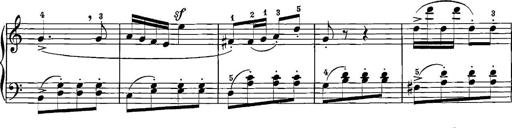
Title: 12 Sonatinas
Composer: Ignaz Pleyel